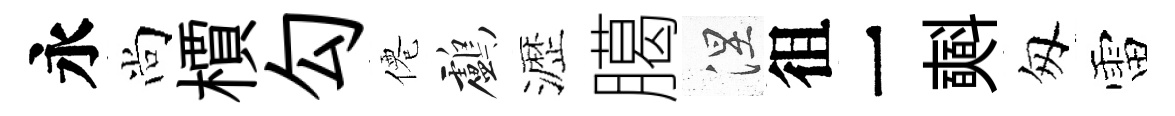
永尚檟勾僊鸕瀝臈涅徂一𣂏匆雷